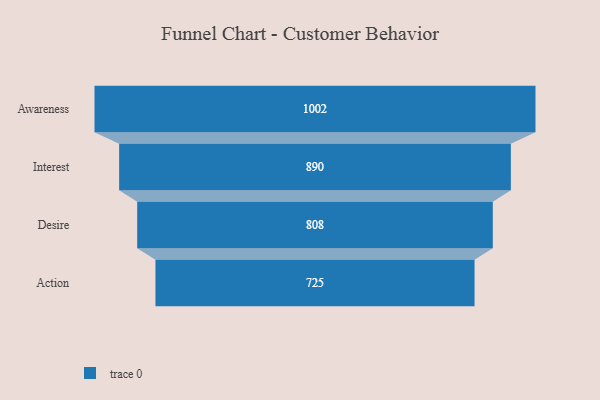
{"axis": {"x": "Stage", "y": "Value"}, "legend": [""], "data": [{"x": "Awareness", "y": 1002.0, "type": ""}, {"x": "Interest", "y": 890.0, "type": ""}, {"x": "Desire", "y": 808.0, "type": ""}, {"x": "Action", "y": 725.0, "type": ""}]}